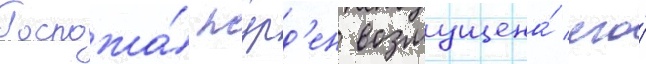
Госпожа́ журд'ен возмущена́ его́